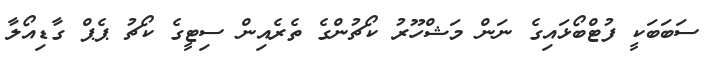
ސަބަބަކީ ފުޓްބޯޅައިގެ ނަން މަޝްހޫރު ކޯޗުންގެ ތެރެއިން ސިޓީގެ ކޯޗު ޕެޕް ގާޑިއޯލާ